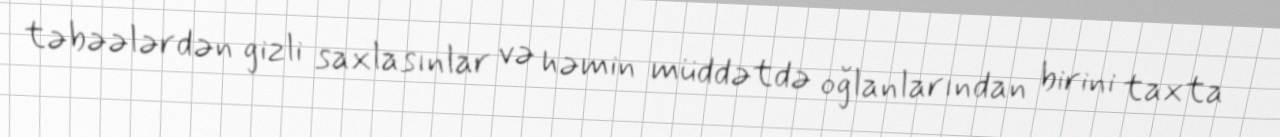
təbəələrdən gizli saxlasınlar və həmin müddətdə oğlanlarından birini taxta